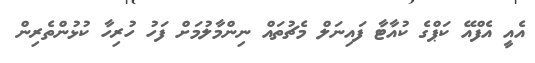
އެއީ އެފްއޭ ކަޕްގެ ކުއާޓާ ފައިނަލް މެޗުތައް ނިންމާލުމަށް ފަހު ހުރިހާ ކުޅުންތެރިން